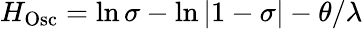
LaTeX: H_{\mathrm{Osc}}=\ln\sigma-\ln|1-\sigma|-\theta/\lambda